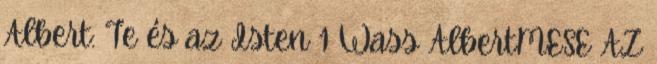
Albert: Te és az Isten 1 Wass AlbertMESE AZ